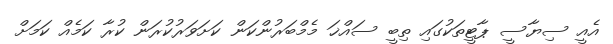
އެއީ ސިޔާސީ ޕާޓީތަކުގައި ތިބީ ސައްޚަ މެމްބަރުންކަން ކަށަވަރުކުރަން ކުރާ ކަމެއް ކަމަށް